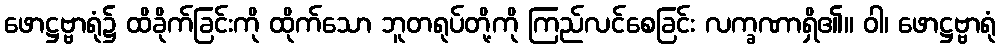
ဖောဋ္ဌဗ္ဗာရုံ၌ ထိခိုက်ခြင်းကို ထိုက်သော ဘူတရုပ်တို့ကို ကြည်လင်စေခြင်း လက္ခဏာရှိ၏။ ဝါ၊ ဖောဋ္ဌဗ္ဗာရုံ